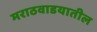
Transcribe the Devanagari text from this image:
मराठवाडयातील